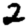
Digit: 2